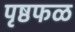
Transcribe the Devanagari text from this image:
पृष्ठफळ